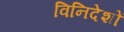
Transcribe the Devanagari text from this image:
विनिदेशों